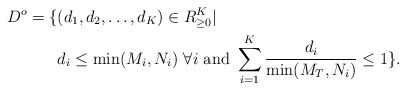
\begin{align*} D^o=\{&(d_1,d_2,\ldots,d_K)\in R_{\geq 0}^K|\\&d_i\leq \min(M_i,N_i)\ \forall i\mbox{ and } \sum_{i=1}^K\frac{d_i}{\min(M_T,N_i)}\leq 1\}.\end{align*}